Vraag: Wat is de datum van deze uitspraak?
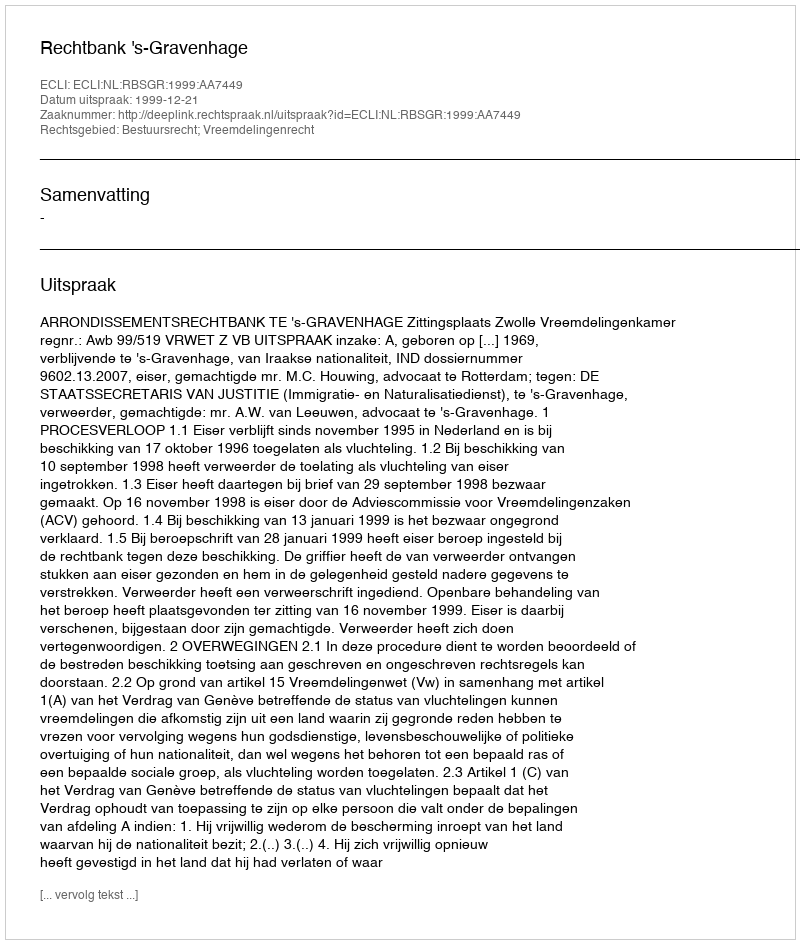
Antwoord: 1999-12-21